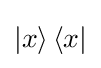
\left|x\right\rangle \left\langle x\right|